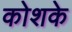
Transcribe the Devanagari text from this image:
कोशके